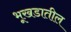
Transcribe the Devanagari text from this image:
भूखडातील